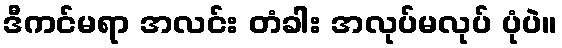
ဒီကင်မရာ အလင်း တံခါး အလုပ်မလုပ် ပုံပဲ။